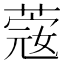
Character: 𦸅